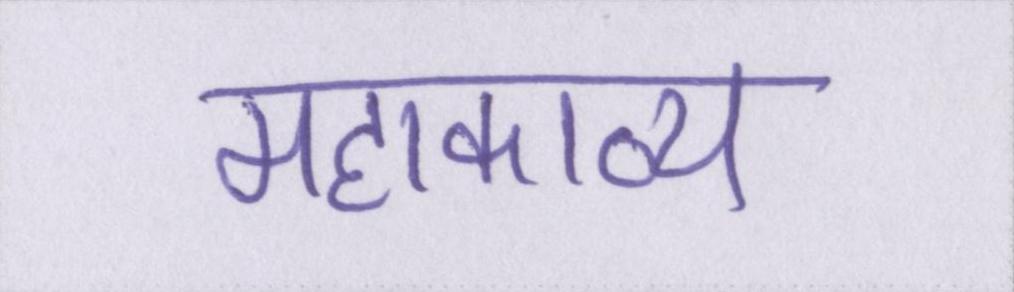
महाकाव्य